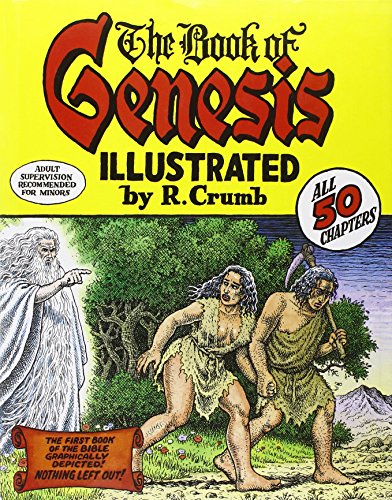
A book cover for The Book of Genesis Illustrated by R. Crumb; R. Crumb; Comics & Graphic Novels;